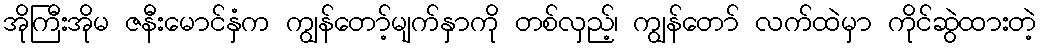
အိုကြီးအိုမ ဇနီးမောင်နှံက ကျွန်တော့်မျက်နှာကို တစ်လှည့်၊ ကျွန်တော် လက်ထဲမှာ ကိုင်ဆွဲထားတဲ့